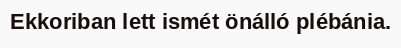
Ekkoriban lett ismét önálló plébánia.